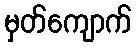
မှတ်ကျောက်